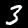
Label: 3